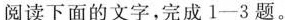
阅读下面的文字，完成1-3魉。